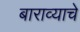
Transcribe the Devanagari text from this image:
बाराव्याचे